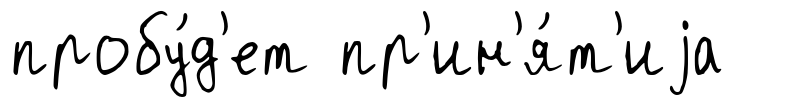
пробу́д'ет пр'ин'я́т'иjа